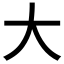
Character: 大